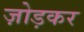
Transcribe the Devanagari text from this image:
ज़ोड़कर